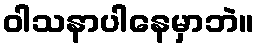
ဝါသနာပါနေမှာဘဲ။